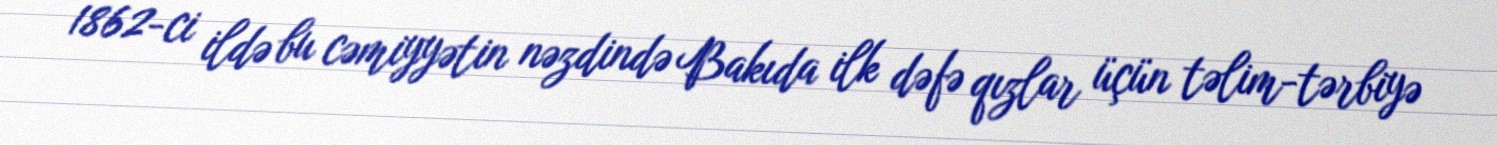
1862-ci ildə bu cəmiyyətin nəzdində Bakıda ilk dəfə qızlar üçün təlim-tərbiyə